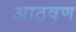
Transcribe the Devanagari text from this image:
अाठवण